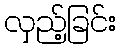
လှည့်ခြင်း